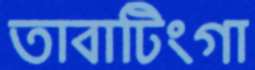
তাবাটিংগা